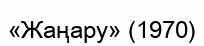
«Жаңару» (1970)